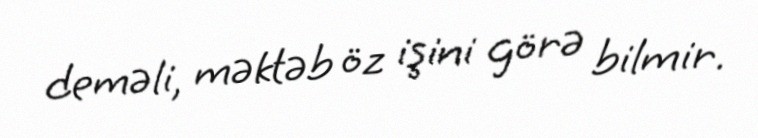
deməli, məktəb öz işini görə bilmir.